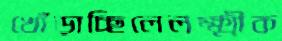
খোঁড়াচ্ছিলেলক্ষ্মীক